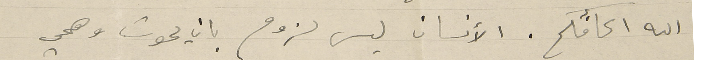
الله اكافأكم. الأنسان ليس لزوم بان يموت وهمي